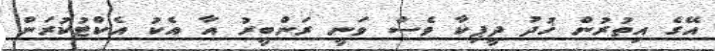
އޭގެ އިތުރުން ޚުދު ދީޕިކާ ވެސް ވަނީ ރަންބީރު އާ އެކު އެކްޓުކުރަން